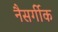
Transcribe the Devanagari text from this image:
नैसर्गीक